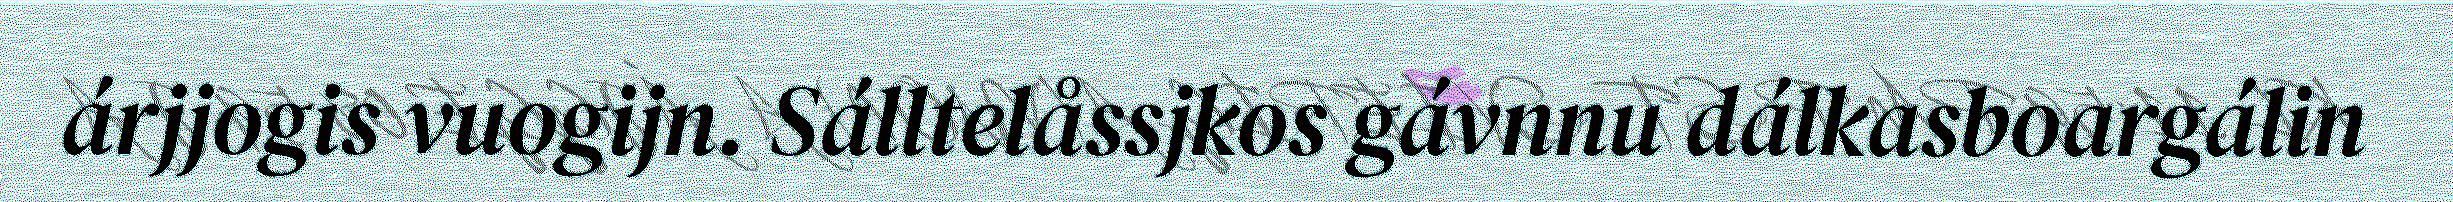
árjjogis vuogijn. Sálltelåssjkos gávnnu dálkasboargálin